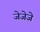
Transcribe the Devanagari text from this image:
जेजेजे